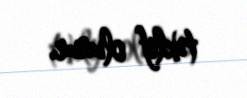
təklif olunur.